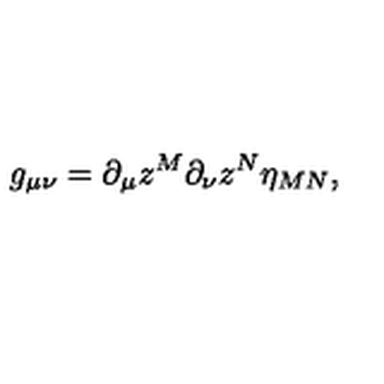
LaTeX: g _ { \mu \nu } = \partial _ { \mu } z ^ { M } \partial _ { \nu } z ^ { N } \eta _ { M N } ,